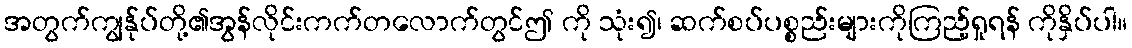
အတွက်ကျွန်ုပ်တို့၏အွန်လိုင်းကက်တလောက်တွင်ဤ ကို သုံး၍၊ ဆက်စပ်ပစ္စည်းများကိုကြည့်ရှုရန် ကိုနှိပ်ပါ။